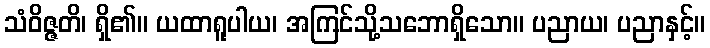
သံဝိဇ္ဇတိ၊ ရှိ၏။ ယထာရူပါယ၊ အကြင်သို့သဘောရှိသော။ ပညာယ၊ ပညာနှင့်။